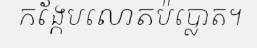
កង្កែបលោតប៉ប្លោត។